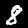
Digit: 8